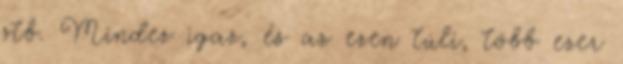
stb. Mindez igaz, és az ezen túli, több ezer